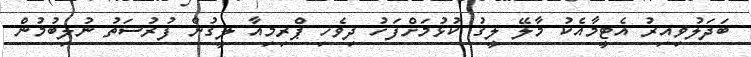
ބަދަލުވިއިރު އެޓީމާއެކު މާލޭ ލީގު ކުޅުމަށްފަހު ދިވެހި ޕްރިމިއާ ލީގުން ފުރުސަތު ނުލިބުމުން